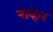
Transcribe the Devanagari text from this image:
नोव्हेल